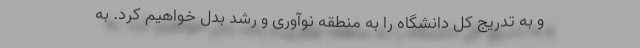
و به تدریج کل دانشگاه را به منطقه نوآوری و رشد بدل خواهیم کرد. به